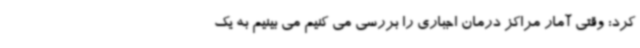
کرد: وقتی آمار مراکز درمان اجباری را بررسی می کنیم می بینیم به یک